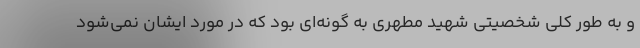
و به طور کلی شخصیتی شهید مطهری به گونه‌ای بود که در مورد ایشان نمی‌شود